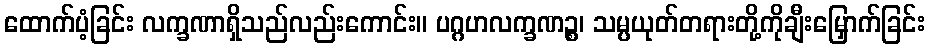
ထောက်ပံ့ခြင်း လက္ခဏာရှိသည်လည်းကောင်း။ ပဂ္ဂဟလက္ခဏဉ္စ၊ သမ္ပယုတ်တရားတို့ကိုချီးမြှောက်ခြင်း